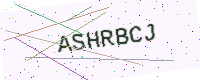
Text: ASHRBCJ